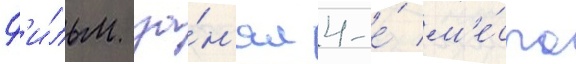
Ф'и́льм за́н'ял 4-е́ м'е́сто